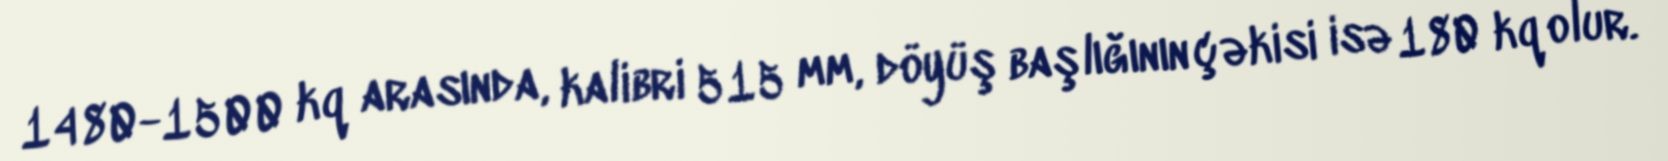
1480-1500 kq arasında, kalibri 515 mm, döyüş başlığının çəkisi isə 180 kq olur.